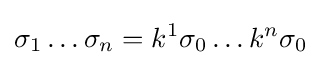
{\sigma _{1}\dots \sigma _{n}}={k^{1}\sigma _{0}\dots k^{n}\sigma _{0}}